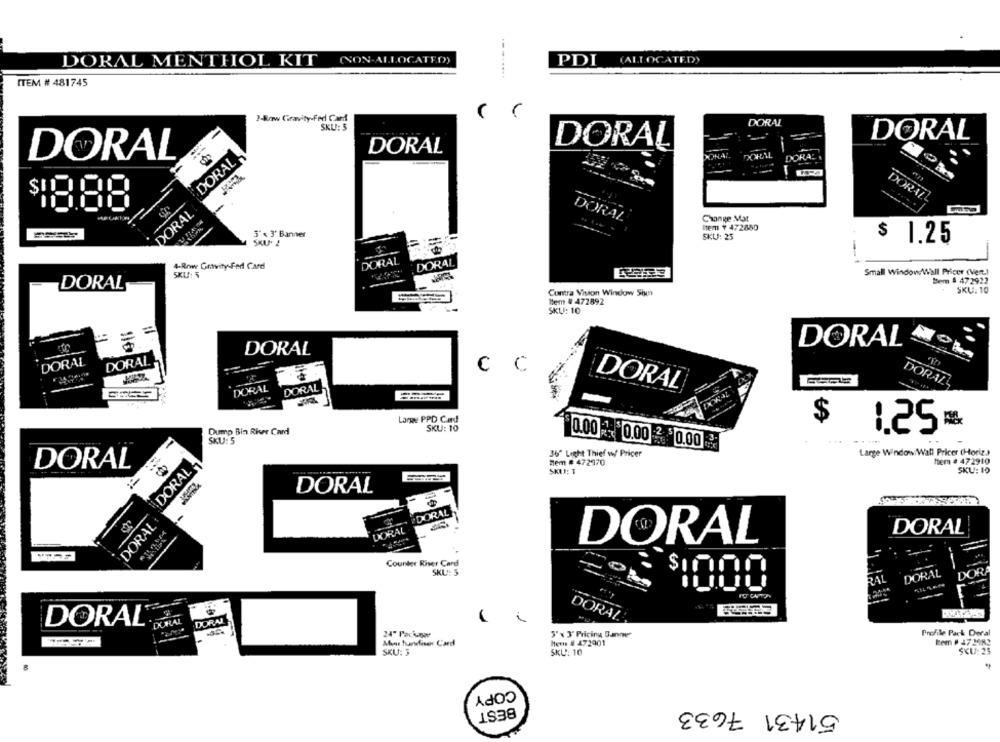
(ALLOCATED)
DORAL MENTHOL KIT
(NON-ALLOCATED))
PDI
---.....
ITEM # 481745
2-Row Gravity-Fed Card
SKU: 5
DORAL
DORAL
DORAL
DORAL
DORAL
DORAL
DORAL
-
DORAL
DORAL
Change Mat
Item + 472850
3" < 3' Banner
SKU: 25
$ 1.25
DORAL
4-Row Gravity Fed Card
DORAL
SKU: 5
Small Window Wall Pricer (Vert.)
Bem # 472922
DORAL
SKU: 10
Contra Vision Window Sim
lem # 472892
SKU: 10
DORAL
DORAL
DORAL
DORAL
C
C
DORAL
DORAL
DORAL
DORAL
Large PPD Card
$
Dump Bin Riser Card
SKU: 10
1.25=
SKU: 5
0.00 0.00 0.00
..
36" Light Thief w/ Pricer
Large Window. Wall Pricer (Horiz.)
tem # 472910
DORAL
DORAL
nem # 472970
SKU: 1
SKU: 10
DORAL
. PDORAL
-
DORAL
-
DORAL
DORAL
DORAL
Counter Riser Card
SKL: 5
DORA
RAL
DORAL
PO CAPTION
1
DORAL
DORAL
DURAL
DORAL
Profile Pack Deral
24" Package
3'% 3' Pricing Banner
Mone hundisehr Card
Herne # 472901
SKU: 3
SKU: 10
SKU: 25
COPY
51431 7633
BEST